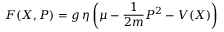
{ F ( X , P ) = g \, \eta \left( \mu - \frac { 1 } { 2 m } P ^ { 2 } - V ( X ) \right) }